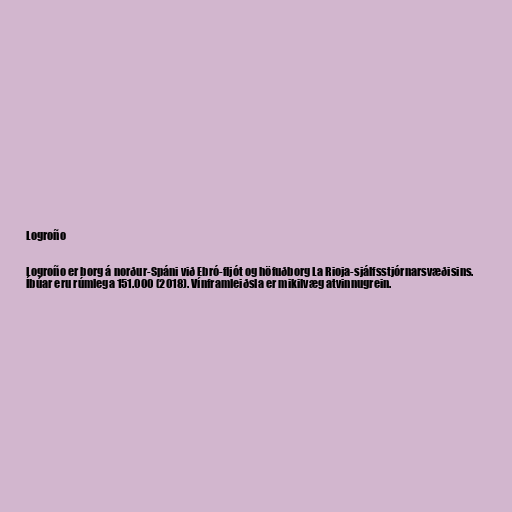
Logroño

Logroño er borg á norður-Spáni við Ebró-fljót og höfuðborg La Rioja-sjálfsstjórnarsvæðisins.
Íbúar eru rúmlega 151.000 (2018). Vínframleiðsla er mikilvæg atvinnugrein.